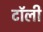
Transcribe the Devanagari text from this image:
टॉली